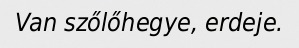
Van szőlőhegye, erdeje.